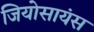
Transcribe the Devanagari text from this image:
जियोसायंस